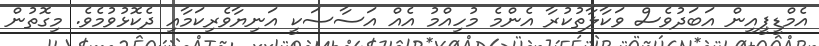
އެމްޑީޕީއިން އަބަދުވެސް ވަކާލާތުކުރާ އެންމެ މުހިއްމު އެއް އަސާސަކީ އަނިޔާވެރިކަމާއި ދެކޮޅުވުމެވެ. މިގޮތުން